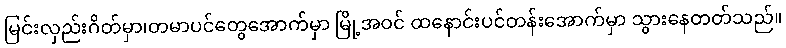
မြင်းလှည်းဂိတ်မှာ၊တမာပင်တွေအောက်မှာ မြို့အဝင် ထနောင်းပင်တန်းအောက်မှာ သွားနေတတ်သည်။